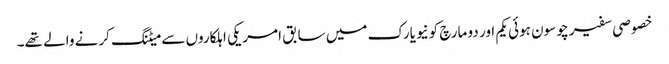
خصوصی سفیر چو سون ہوئی یکم اور دو مارچ کونیویارک میں سابق امریکی اہلکاروں سے میٹنگ کرنے والے تھے۔